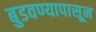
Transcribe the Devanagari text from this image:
बुडवण्यापासून